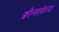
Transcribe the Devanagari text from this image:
क्वीन्सलँडच्या